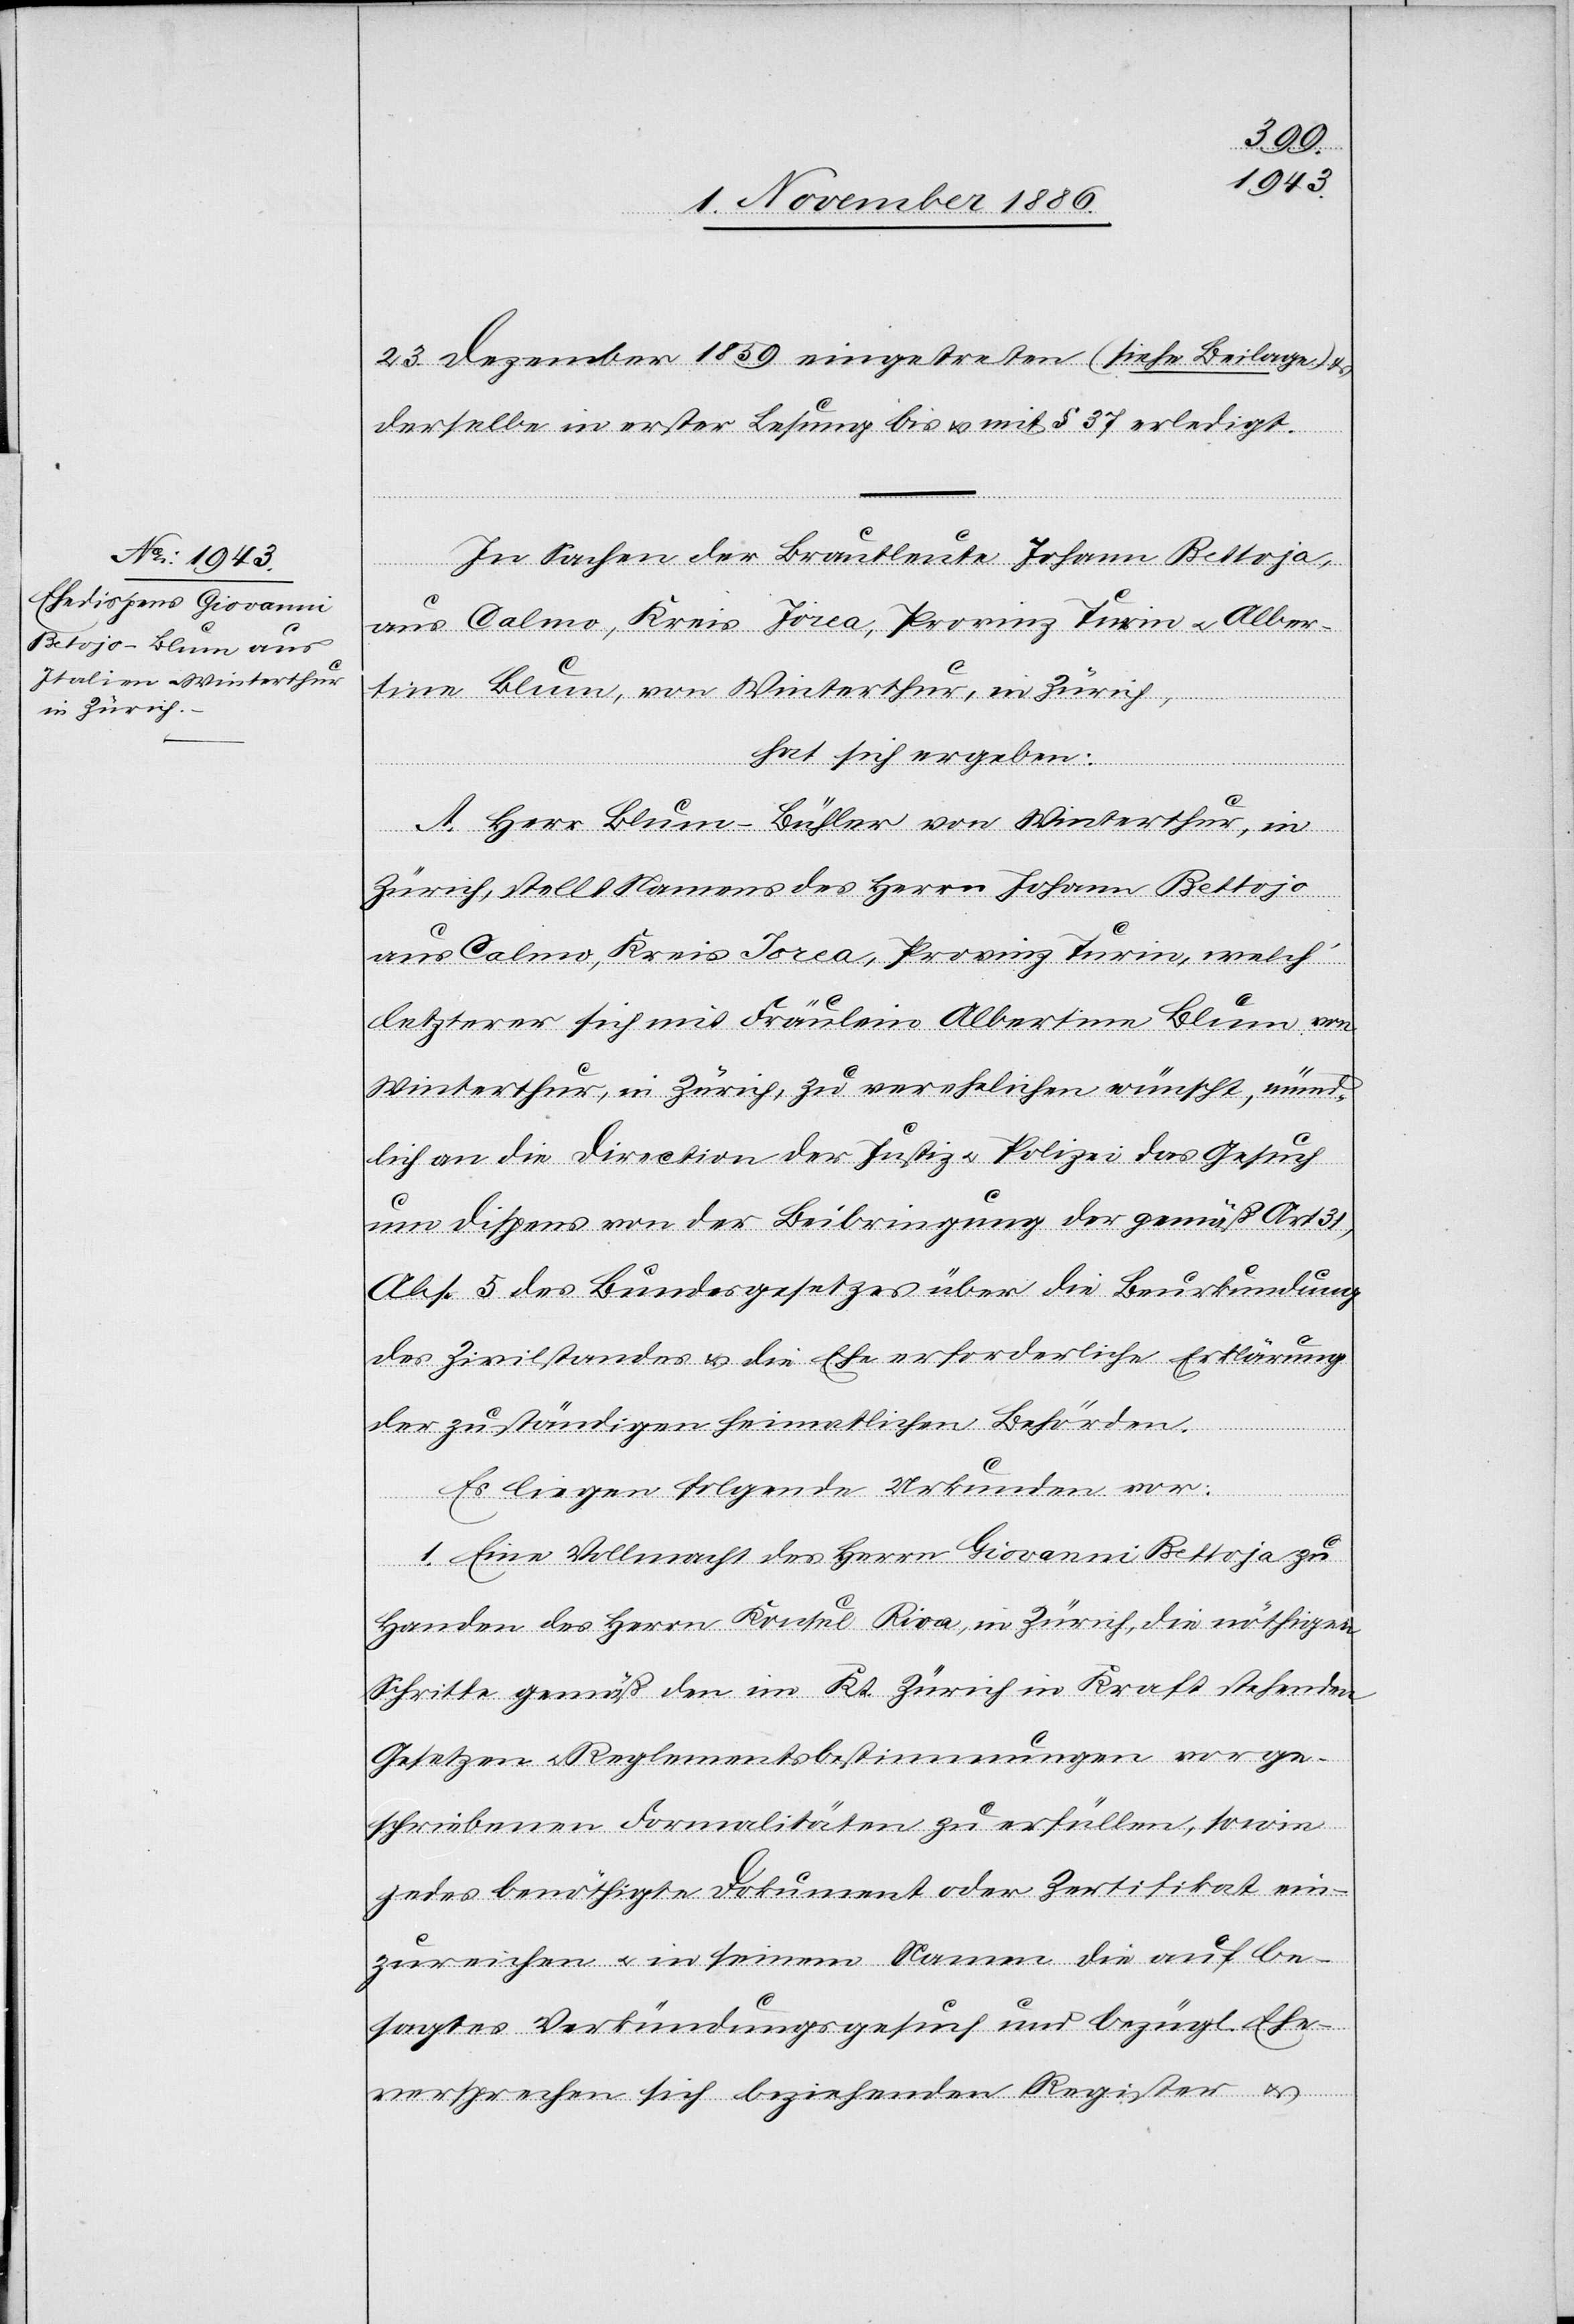
23. Dezember 1859 eingetreten (siehe Beilage) &
derselbe in erster Lesung bis & mit § 37 erledigt.
In Sachen der Brautleute Johann Bettoja
aus Calmo, Kreis Jorca, Provinz Turin & Alber¬
tine Blum, von Winterthur, in Zürich,
hat sich ergeben:
A. Herr Blum-Bühler von Winterthur, in
Zürich, stellt Namens des Herrn Johann Bettojo
aus Calmo, Kreis Jorca, Provinz Turin, welch’
letzterer sich mit Fräulein Albertine Blum von
Winterthur, in Zürich, zu verehelichen wünscht, münd¬
lich an die Direction der Justiz & Polizei das Gesuch
um Dispens von der Beibringung der gemäß Art. 31,
Abs. 5 des Bundesgesetzes über die Beurkundung
des Zivilstandes & die Ehe erforderliche[n] Erklärung
der zuständigen heimatlichen Behörden.
Es liegen folgende Urkunden vor:
1. Eine Vollmacht des Herrn Giovanni Bettoja zu
Handen des Herrn Konsul Riva, in Zürich, die nöthigen
Schritte gemäß den im Kt. Zürich in Kraft stehenden
Gesetzen & Reglementsbestimmungen vorge¬
schriebenen Formalitäten zu erfüllen, sowie
jedes benöthigte Dokument oder Zertifikat ein¬
zureichen & in seinem Namen die auf be¬
sagtes Verkündungsgesuch und bezügl. Ehe¬
versprechen sich beziehenden Register &